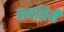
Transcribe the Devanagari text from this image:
सबनिमैं